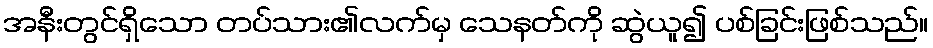
အနီးတွင်ရှိသော တပ်သား၏လက်မှ သေနတ်ကို ဆွဲယူ၍ ပစ်ခြင်းဖြစ်သည်။